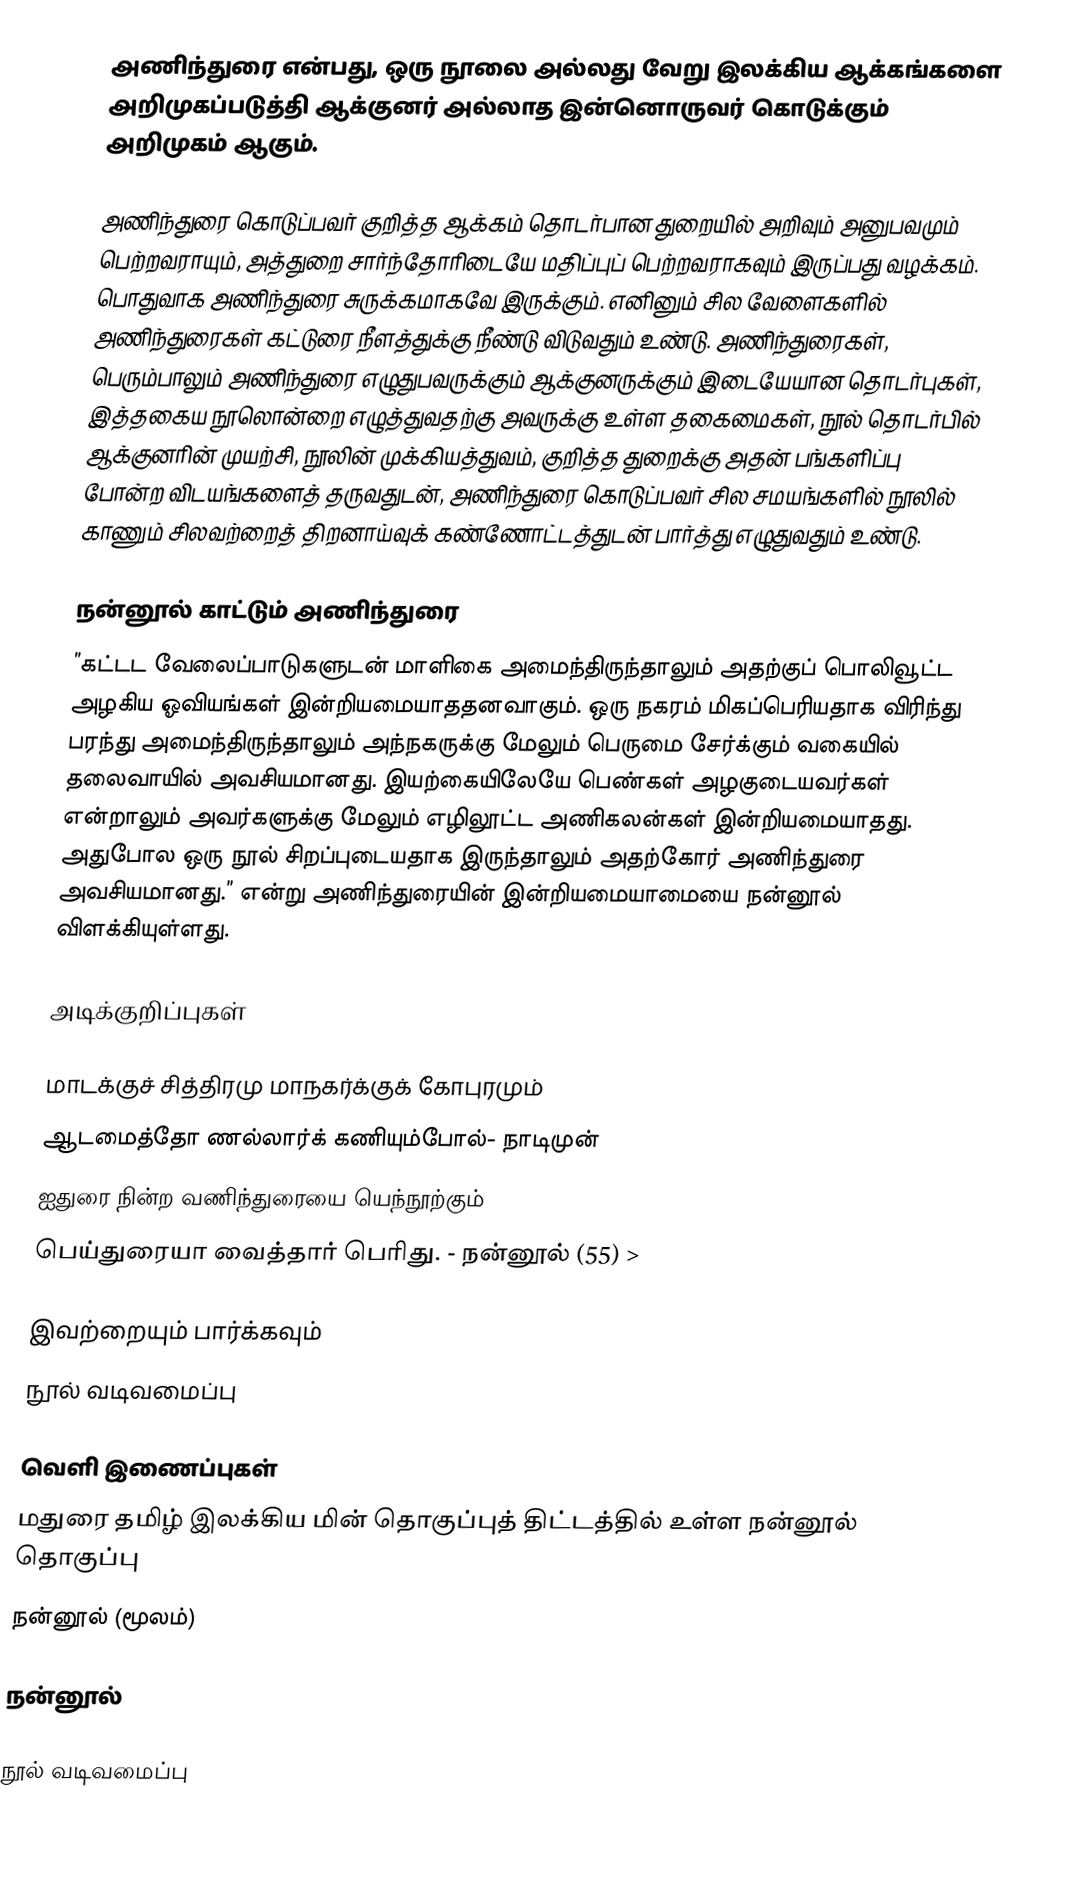
அணிந்துரை என்பது, ஒரு நூலை அல்லது வேறு இலக்கிய ஆக்கங்களை அறிமுகப்படுத்தி ஆக்குனர் அல்லாத இன்னொருவர் கொடுக்கும் அறிமுகம் ஆகும்.

அணிந்துரை கொடுப்பவர் குறித்த ஆக்கம் தொடர்பான துறையில் அறிவும் அனுபவமும் பெற்றவராயும், அத்துறை சார்ந்தோரிடையே மதிப்புப் பெற்றவராகவும் இருப்பது வழக்கம். பொதுவாக அணிந்துரை சுருக்கமாகவே இருக்கும். எனினும் சில வேளைகளில் அணிந்துரைகள் கட்டுரை நீளத்துக்கு நீண்டு விடுவதும் உண்டு. அணிந்துரைகள், பெரும்பாலும் அணிந்துரை எழுதுபவருக்கும் ஆக்குனருக்கும் இடையேயான தொடர்புகள், இத்தகைய நூலொன்றை எழுத்துவதற்கு அவருக்கு உள்ள தகைமைகள், நூல் தொடர்பில் ஆக்குனரின் முயற்சி, நூலின் முக்கியத்துவம், குறித்த துறைக்கு அதன் பங்களிப்பு போன்ற விடயங்களைத் தருவதுடன், அணிந்துரை கொடுப்பவர் சில சமயங்களில் நூலில் காணும் சிலவற்றைத் திறனாய்வுக் கண்ணோட்டத்துடன் பார்த்து எழுதுவதும் உண்டு.

நன்னூல் காட்டும் அணிந்துரை
”கட்டட வேலைப்பாடுகளுடன் மாளிகை அமைந்திருந்தாலும் அதற்குப் பொலிவூட்ட அழகிய ஓவியங்கள் இன்றியமையாததனவாகும். ஒரு நகரம் மிகப்பெரியதாக விரிந்து பரந்து அமைந்திருந்தாலும் அந்நகருக்கு மேலும் பெருமை சேர்க்கும் வகையில் தலைவாயில் அவசியமானது. இயற்கையிலேயே பெண்கள் அழகுடையவர்கள் என்றாலும் அவர்களுக்கு மேலும் எழிலூட்ட அணிகலன்கள் இன்றியமையாதது. அதுபோல ஒரு நூல் சிறப்புடையதாக இருந்தாலும் அதற்கோர் அணிந்துரை அவசியமானது.” என்று அணிந்துரையின் இன்றியமையாமையை நன்னூல் விளக்கியுள்ளது.

அடிக்குறிப்புகள்

மாடக்குச் சித்திரமு மாநகர்க்குக் கோபுரமும்
ஆடமைத்தோ ணல்லார்க் கணியும்போல்- நாடிமுன்
ஐதுரை நின்ற வணிந்துரையை யெந்நூற்கும்
பெய்துரையா வைத்தார் பெரிது. - நன்னூல் (55)  >

இவற்றையும் பார்க்கவும்
 நூல் வடிவமைப்பு

வெளி இணைப்புகள்
 மதுரை தமிழ் இலக்கிய மின் தொகுப்புத் திட்டத்தில் உள்ள நன்னூல் தொகுப்பு
 நன்னூல் (மூலம்)

நன்னூல்

நூல் வடிவமைப்பு